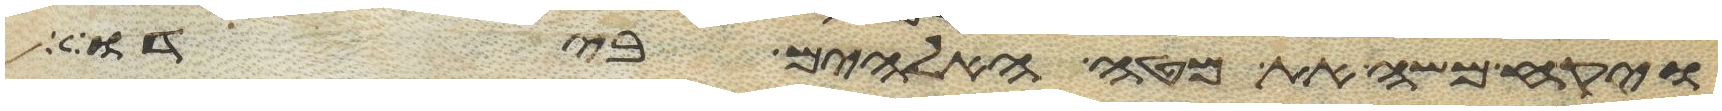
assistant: ויקח משה את מטה האלהים בידו